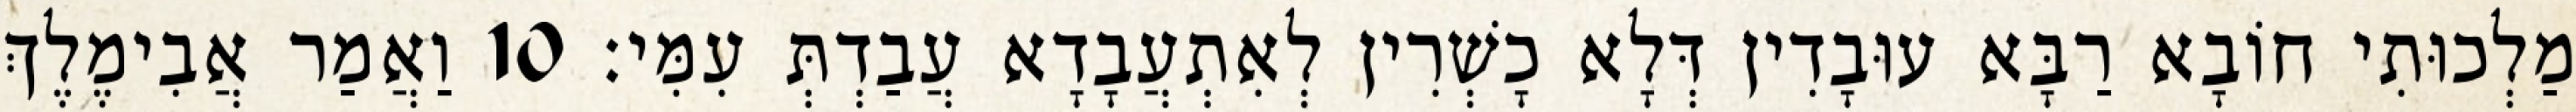
מַלְכוּתִי חוֹבָא רַבָּא עוּבָדִין דְּלָא כָשְׁרִין לְאִתְעֲבָדָא עֲבַדְתְּ עִמִּי׃ 10 וַאֲמַר אֲבִימֶלֶךְ